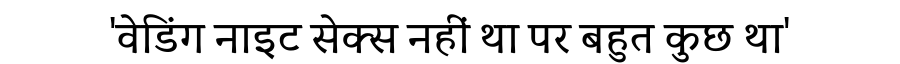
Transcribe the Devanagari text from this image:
'वेडिंग नाइट सेक्स नहीं था पर बहुत कुछ था'